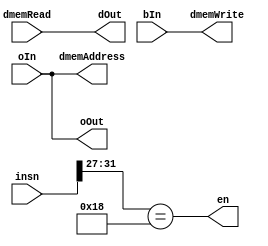
module memoryStage(oOut,en,dOut, dmemAddress, dmemWrite, insn, dmemRead,oIn,bIn);
    input[31:0] insn,dmemRead,oIn,bIn;

    output[31:0] oOut, dOut, dmemWrite, dmemAddress;
    output en;
    
    assign oOut = oIn;
    assign dOut = dmemRead;

    assign dmemAddress = oIn;
    assign dmemWrite = bIn;

    wire[4:0] op;
    assign op = insn [31:27];

    assign en = (op == 5'b11000);
    
endmodule